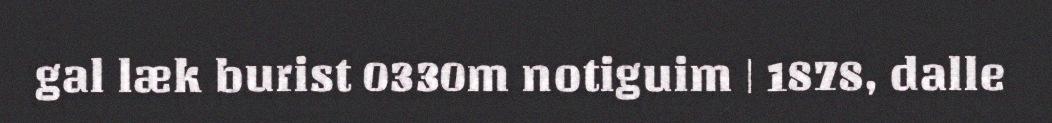
gal læk burist 0330m notiguim | 1878, dalle